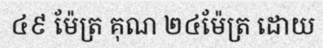
៤៩ ម៉ែត្រ គុណ ២៤ម៉ែត្រ ដោយ